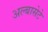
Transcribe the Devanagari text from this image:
अल्बासेटे